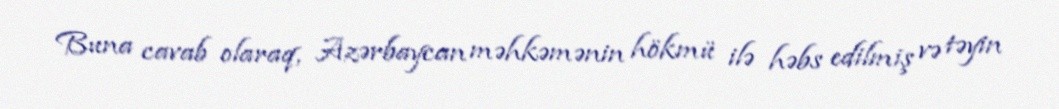
Buna cavab olaraq, Azərbaycan məhkəmənin hökmü ilə həbs edilmiş və təyin